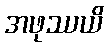
အဖုဿယိ